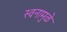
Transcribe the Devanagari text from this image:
स्वनामुळे